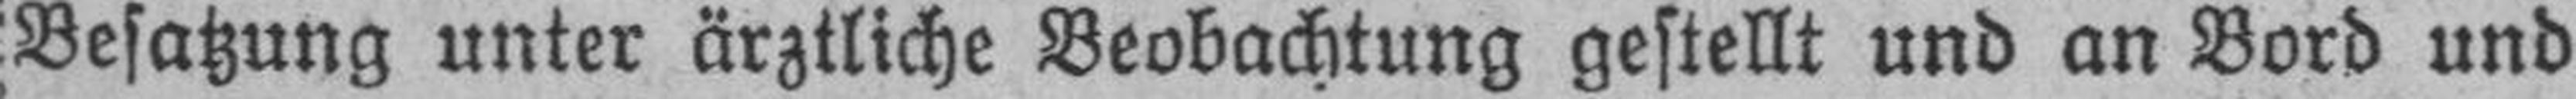
Besatzung unter ärztliche Beobachtung gestellt und an Bord und